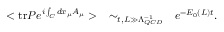
< \mathrm { t r } P e ^ { i \int _ { C } d x _ { \mu } A _ { \mu } } > ~ ~ ~ \sim _ { t , L \gg \Lambda _ { Q C D } ^ { - 1 } } ~ ~ e ^ { - E _ { 0 } ( L ) t } .